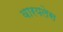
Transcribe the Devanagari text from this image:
वारयलेस